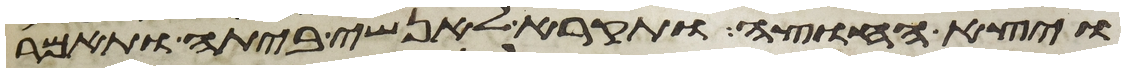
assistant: ויצא החוצה ותקרא לאנשי ביתה ותאמר